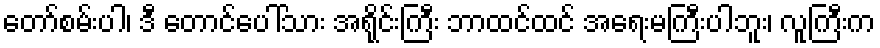
တော်စမ်းပါ၊ ဒီ တောင်ပေါ်သား အရိုင်းကြီး ဘာထင်ထင် အရေးမကြီးပါဘူး၊ လူကြီးက